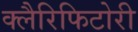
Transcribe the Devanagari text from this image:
क्लैरिफिटोरी